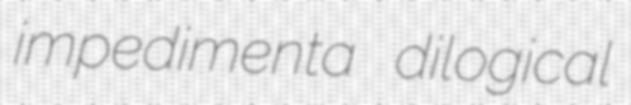
impedimenta dilogical